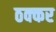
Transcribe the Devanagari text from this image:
ठक्‍कर